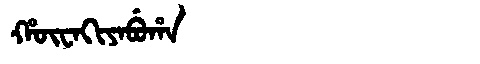
Manchu: ᡥᡡᠸᠠᡴᡳᠶᠠᠪᡠᡥᠠ
Romanization: HŪWAKIYABUHA